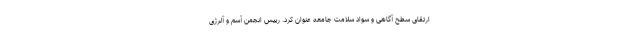
ارتقای سطح آگاهی و سواد سلامت جامعه عنوان کرد. رییس انجمن آسم و آلرژی